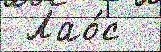
 Лао́с